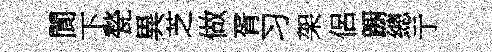
閬下甃異芝做胥习架侶蹰總亍